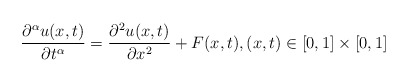
\begin{align*}\dfrac{\partial^\alpha u(x,t)}{\partial t^\alpha}=\dfrac{\partial^2 u(x,t)}{\partial x^2}+F(x,t),(x,t)\in [0,1]\times [0,1]\end{align*}